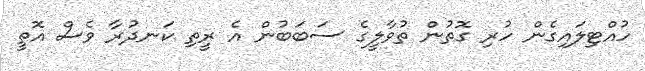
ހުއްޓިލައިގެން ހުރި ގޮތުން ތުވާލީގެ ސަބަބުން އެ ރީތި ކަނދުރާ ވެސް އޮތީ